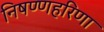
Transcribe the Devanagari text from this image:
निषण्णहरिणा